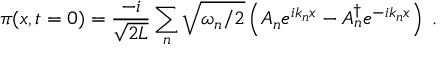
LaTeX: \pi ( x , t = 0 ) = \frac { - i } { \sqrt { 2 L } } \sum _ { n } \sqrt { \omega _ { n } / 2 } \left( A _ { n } e ^ { i k _ { n } x } - A _ { n } ^ { \dagger } e ^ { - i k _ { n } x } \right) \; .